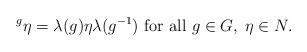
LaTeX: \begin{align*} \,^{g}\eta = \lambda(g) \eta \lambda (g^{-1}) \mbox{ for all } g \in G, \; \eta \in N. \end{align*}